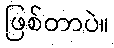
ဖြစ်တာပဲ။